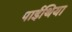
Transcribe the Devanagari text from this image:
पाईथिया